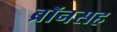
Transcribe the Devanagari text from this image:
ब्रॉनसह